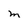
Character: M